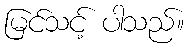
မြင်သင့် ပါသည်။